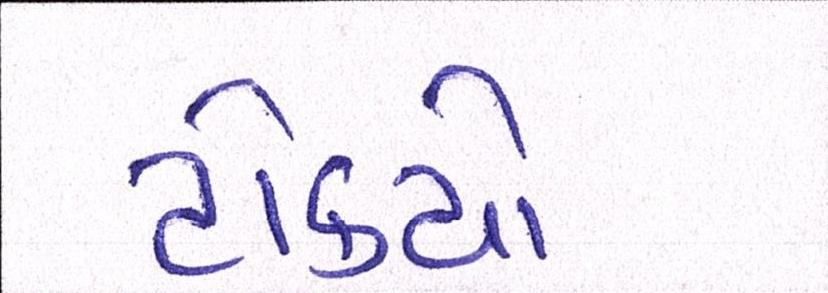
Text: ટોક્યો